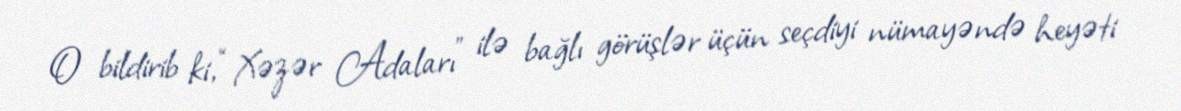
O bildirib ki, “Xəzər Adaları” ilə bağlı görüşlər üçün seçdiyi nümayəndə heyəti